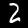
Label: 2